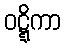
ဝဋ္ဋိကာ